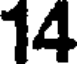
14